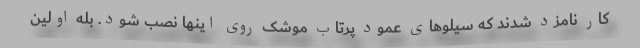
کار نامزد شدند که سیلوهای عمود پرتاب موشک روی اینها نصب شود. بله اولین